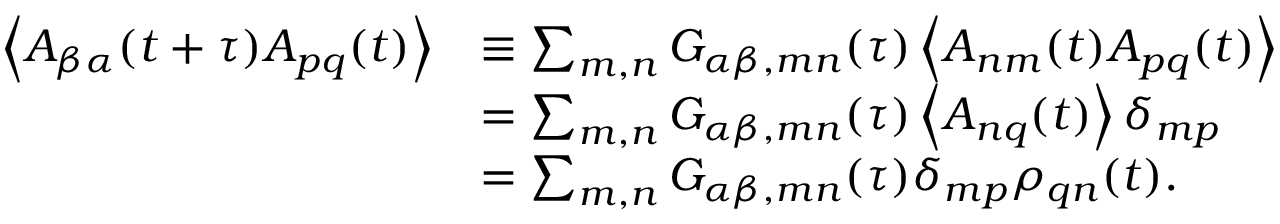
\begin{array} { r l } { \left\langle A _ { \beta \alpha } ( t + \tau ) A _ { p q } ( t ) \right\rangle } & { \equiv \sum _ { m , n } G _ { \alpha \beta , m n } ( \tau ) \left\langle A _ { n m } ( t ) A _ { p q } ( t ) \right\rangle } \\ & { = \sum _ { m , n } G _ { \alpha \beta , m n } ( \tau ) \left\langle A _ { n q } ( t ) \right\rangle \delta _ { m p } } \\ & { = \sum _ { m , n } G _ { \alpha \beta , m n } ( \tau ) \delta _ { m p } \rho _ { q n } ( t ) . } \end{array}